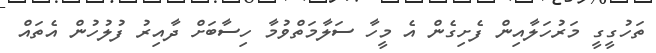
ތަހުގީގީ މަރުހަލާއިން ފެށިގެން އެ މީހާ ސަލާމަތްވުމާ ހިސާބަށް ދާއިރު ފުލުހުން އެތައް